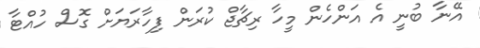
އޭނާ ބުނީ އެ އަންހެން މީހާ ރިޗާޖް ކުރަން ފިހާރަޔަށް ގޮސް ހުއްޓާ